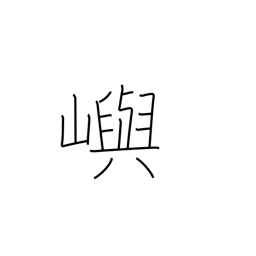
Meaning: island